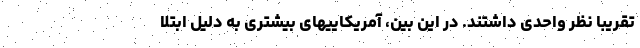
تقریبا نظر واحدی داشتند. در این بین، آمریکاییهای بیشتری به دلیل ابتلا